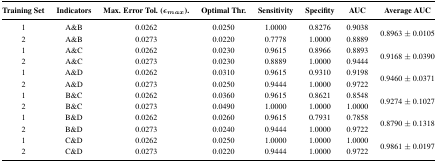
<table><thead><tr><td><b>Training Set</b></td><td><b>Indicators</b></td><td><b>Max. Error Tol. (<i>∈<sub>max</sub></i>).</b></td><td><b>Optimal Thr.</b></td><td><b>Sensitivity</b></td><td><b>Specifity</b></td><td><b>AUC</b></td><td><b>Average AUC</b></td></tr></thead><tbody><tr><td>1</td><td>A&amp;B</td><td>0.0262</td><td>0.0250</td><td>1.0000</td><td>0.8276</td><td>0.9038</td><td rowspan="2">0.8963 ± 0.0105</td></tr><tr><td>2</td><td>A&amp;B</td><td>0.0273</td><td>0.0220</td><td>0.7778</td><td>1.0000</td><td>0.8889</td><td></td></tr><tr><td>1</td><td>A&amp;C</td><td>0.0262</td><td>0.0230</td><td>0.9615</td><td>0.8966</td><td>0.8893</td><td rowspan="2">0.9168 ± 0.0390</td></tr><tr><td>2</td><td>A&amp;C</td><td>0.0273</td><td>0.0230</td><td>0.8889</td><td>1.0000</td><td>0.9444</td><td></td></tr><tr><td>1</td><td>A&amp;D</td><td>0.0262</td><td>0.0310</td><td>0.9615</td><td>0.9310</td><td>0.9198</td><td rowspan="2">0.9460 ± 0.0371</td></tr><tr><td>2</td><td>A&amp;D</td><td>0.0273</td><td>0.0250</td><td>0.9444</td><td>1.0000</td><td>0.9722</td><td></td></tr><tr><td>1</td><td>B&amp;C</td><td>0.0262</td><td>0.0360</td><td>0.9615</td><td>0.8621</td><td>0.8548</td><td rowspan="2">0.9274 ± 0.1027</td></tr><tr><td>2</td><td>B&amp;C</td><td>0.0273</td><td>0.0490</td><td>1.0000</td><td>1.0000</td><td>1.0000</td><td></td></tr><tr><td>1</td><td>B&amp;D</td><td>0.0262</td><td>0.0260</td><td>0.9615</td><td>0.7931</td><td>0.7858</td><td rowspan="2">0.8790 ± 0.1318</td></tr><tr><td>2</td><td>B&amp;D</td><td>0.0273</td><td>0.0240</td><td>0.9444</td><td>1.0000</td><td>0.9722</td><td></td></tr><tr><td>1</td><td>C&amp;D</td><td>0.0262</td><td>0.0250</td><td>1.0000</td><td>1.0000</td><td>1.0000</td><td rowspan="2">0.9861 ± 0.0197</td></tr><tr><td>2</td><td>C&amp;D</td><td>0.0273</td><td>0.0220</td><td>0.9444</td><td>1.0000</td><td>0.9722</td><td></td></tr></tbody></table>